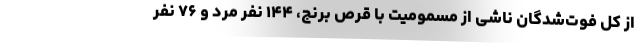
از کل فوت‌شدگان ناشی از مسمومیت با قرص برنج، ۱۴۴ نفر مرد و ۷۶ نفر